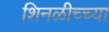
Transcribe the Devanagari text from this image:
शिनळीच्च्या